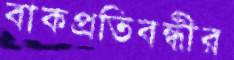
বাকপ্রতিবন্ধীর